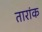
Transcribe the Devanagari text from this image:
तारांक